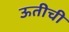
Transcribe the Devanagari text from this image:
ऊतीची